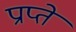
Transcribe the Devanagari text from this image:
प्राप्ते